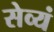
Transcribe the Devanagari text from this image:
सेव्यं